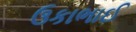
ઉકાભાઈ